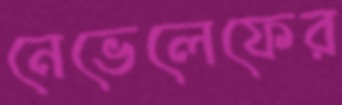
নেভেলেফের